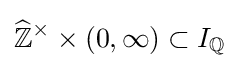
{\widehat {\mathbb {Z} }}^{\times }\times (0,\infty )\subset I_{\mathbb {Q} }